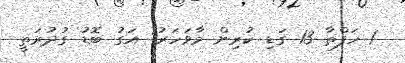
1 ހަފްތާ 13 ގަޑި ކުރިން މާވަހަރު: އަގު ބޮޑު ގުދުރަތީ